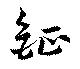
鉦